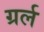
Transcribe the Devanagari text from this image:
ग्रर्ल